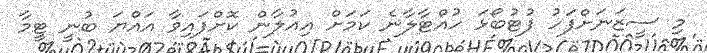
މި ސީޒަނަށްފަހު ފުޓުބޯޅަ ހުއްޓާލާނެ ކަމަށް އިއުލާން ކޮށްފައިވާ އައްޔަ ބުނީ ޓީމާ